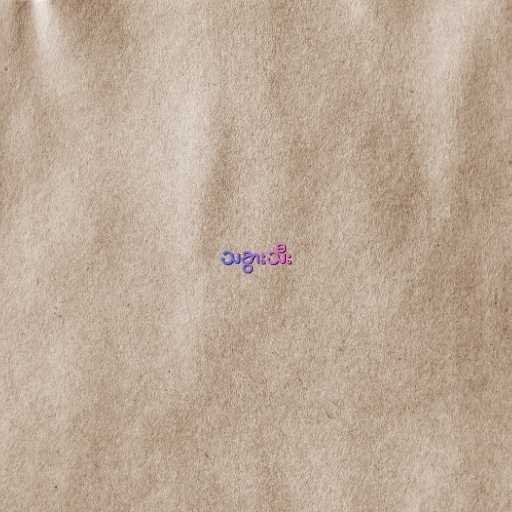
သခွားသီး